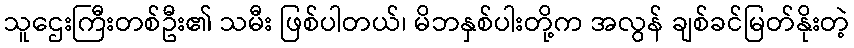
သူဌေးကြီးတစ်ဦး၏ သမီး ဖြစ်ပါတယ်၊ မိဘနှစ်ပါးတို့က အလွန် ချစ်ခင်မြတ်နိုးတဲ့